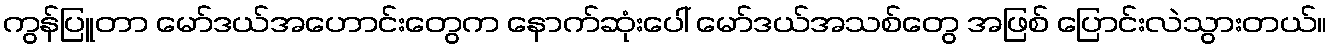
ကွန်ပြူတာ မော်ဒယ်အဟောင်းတွေက နောက်ဆုံးပေါ် မော်ဒယ်အသစ်တွေ အဖြစ် ပြောင်းလဲသွားတယ်။